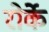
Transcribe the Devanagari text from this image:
रोर्के